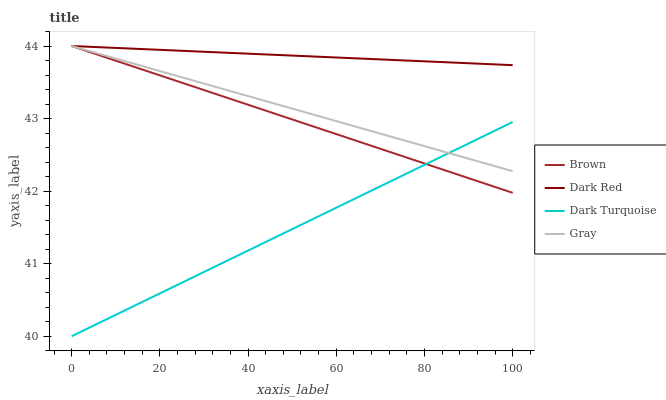
| xaxis_label | Brown | Dark Red | Dark Turquoise | Gray |
 | --- | --- | --- | --- | --- |
 | 0 | 44 | 44 | 40 | 44 |
 | 7.69 | 43.8 | 44 | 40.2 | 43.9 |
 | 15.4 | 43.7 | 44 | 40.5 | 43.7 |
 | 23.1 | 43.5 | 43.9 | 40.7 | 43.6 |
 | 30.8 | 43.4 | 43.9 | 40.9 | 43.5 |
 | 38.5 | 43.2 | 43.9 | 41.1 | 43.3 |
 | 46.2 | 43.1 | 43.9 | 41.4 | 43.2 |
 | 53.8 | 42.9 | 43.9 | 41.6 | 43.1 |
 | 61.5 | 42.8 | 43.8 | 41.8 | 42.9 |
 | 69.2 | 42.6 | 43.8 | 42 | 42.8 |
 | 76.9 | 42.4 | 43.8 | 42.3 | 42.7 |
 | 84.6 | 42.3 | 43.8 | 42.5 | 42.5 |
 | 92.3 | 42.1 | 43.8 | 42.7 | 42.4 |
 | 100 | 42 | 43.7 | 43 | 42.3 |